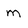
Character: m